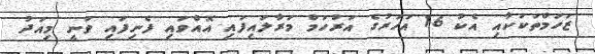
ޒަހަމްތަކަކާއި އެކު 16 އަހަރުގެ އަރުހަމް މަރާލައިފައި އޮއްވައި ފެނިފައި ވަނީ މިއަދު